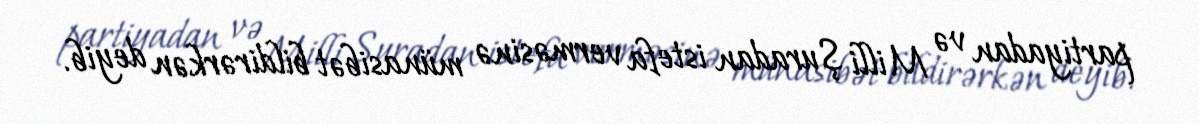
partiyadan və Milli Şuradan istefa verməsinə münasibət bildirərkən deyib.